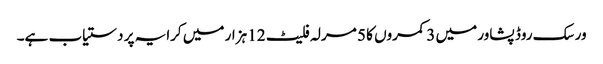
ورسک روڈ پشاور میں 3 کمروں کا 5 مرلہ فلیٹ 12 ہزار میں کرایہ پر دستیاب ہے۔